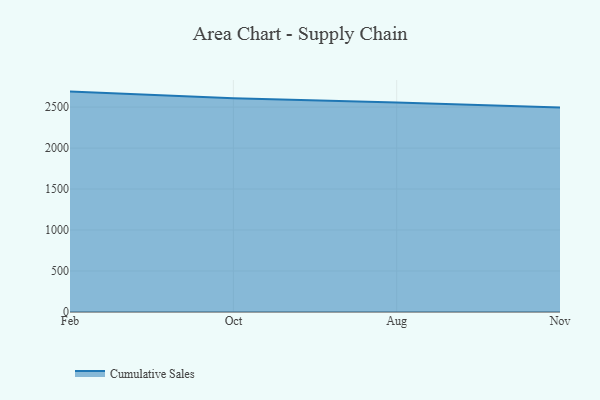
{"axis": {"x": "Month", "y": "Budget (USD K)"}, "legend": ["Cumulative Sales"], "data": [{"x": "Feb", "y": 2688.7, "type": "Cumulative Sales"}, {"x": "Oct", "y": 2608.6, "type": "Cumulative Sales"}, {"x": "Aug", "y": 2555.4, "type": "Cumulative Sales"}, {"x": "Nov", "y": 2496.1, "type": "Cumulative Sales"}]}